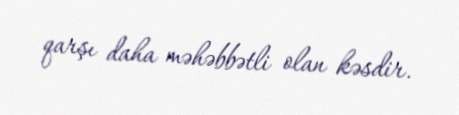
qarşı daha məhəbbətli olan kəsdir.